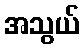
အသွယ်